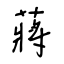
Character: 蔣